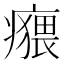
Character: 𤺸